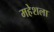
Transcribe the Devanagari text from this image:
महेशला